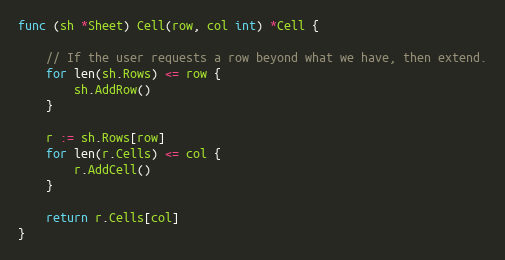
Language: Go
func (sh *Sheet) Cell(row, col int) *Cell {

	// If the user requests a row beyond what we have, then extend.
	for len(sh.Rows) <= row {
		sh.AddRow()
	}

	r := sh.Rows[row]
	for len(r.Cells) <= col {
		r.AddCell()
	}

	return r.Cells[col]
}